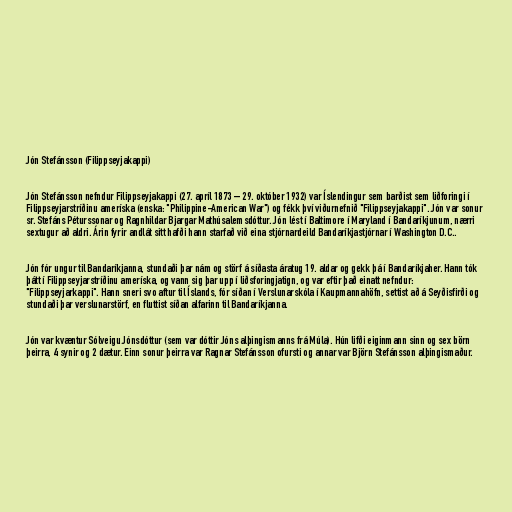
Jón Stefánsson (Filippseyjakappi)

Jón Stefánsson nefndur Filippseyjakappi (27. apríl 1873 – 29. október 1932) var Íslendingur sem barðist sem liðforingi í
Filippseyjarstríðinu ameríska (enska: "Philippine-American War") og fékk því viðurnefnið "Filippseyjakappi". Jón var sonur
sr. Stefáns Péturssonar og Ragnhildar Bjargar Mathúsalemsdóttur. Jón lést í Baltimore í Maryland í Bandaríkjunum, nærri
sextugur að aldri. Árin fyrir andlát sitt hafði hann starfað við eina stjórnardeild Bandaríkjastjórnar í Washington D.C..

Jón fór ungur til Bandaríkjanna, stundaði þar nám og störf á síðasta áratug 19. aldar og gekk þá í Bandaríkjaher. Hann tók
þátt í Filippseyjarstríðinu ameríska, og vann sig þar upp í liðsforingjatign, og var eftir það einatt nefndur:
"Filippseyjarkappi". Hann sneri svo aftur til Íslands, fór síðan í Verslunarskóla í Kaupmannahöfn, settist að á Seyðisfirði og
stundaði þar verslunarstörf, en fluttist síðan alfarinn til Bandaríkjanna.

Jón var kvæntur Sólveigu Jónsdóttur (sem var dóttir Jóns alþingismanns frá Múla). Hún lifði eiginmann sinn og sex börn
þeirra, 4 synir og 2 dætur. Einn sonur þeirra var Ragnar Stefánsson ofursti og annar var Björn Stefánsson alþingismaður.